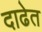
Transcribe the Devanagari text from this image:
दाढेत